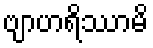
ဗျာဟရိဿာမိ